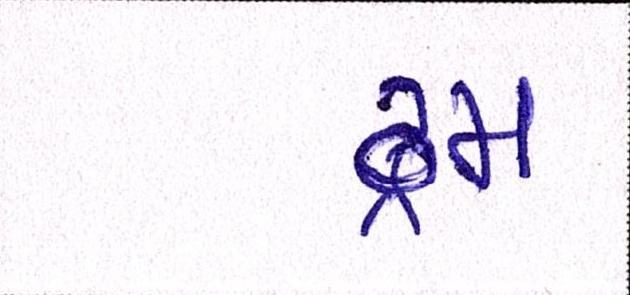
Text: ડ્રમ